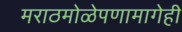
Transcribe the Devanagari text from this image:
मराठमोळेपणामागेही